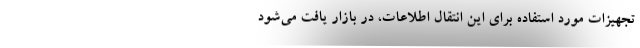
تجهیزات مورد استفاده برای این انتقال اطلاعات، در بازار یافت می‌شود